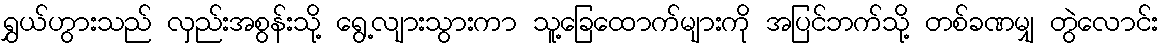
ရွှယ်ဟွားသည် လှည်းအစွန်းသို့ ရွေ့လျားသွားကာ သူ့ခြေထောက်များကို အပြင်ဘက်သို့ တစ်ခဏမျှ တွဲလောင်း